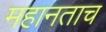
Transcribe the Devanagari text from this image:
महानताच